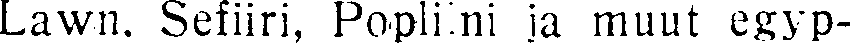
Lawn, Sefiiri, Popliini ja muut egyp-